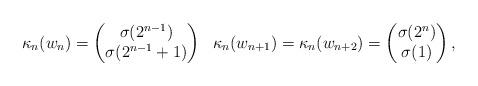
LaTeX: \begin{align*} \kappa_n(w_{n}) &=\begin{pmatrix} \sigma(2^{n-1})\\ \sigma(2^{n-1}+1) \end{pmatrix}\ \ \kappa_n(w_{n+1})=\kappa_n(w_{n+2})= \begin{pmatrix} \sigma(2^{n})\\ \sigma(1) \end{pmatrix}, \end{align*}